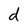
Character: d